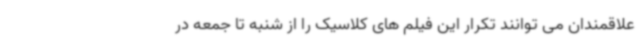
علاقمندان می توانند تکرار این فیلم های کلاسیک را از شنبه تا جمعه در